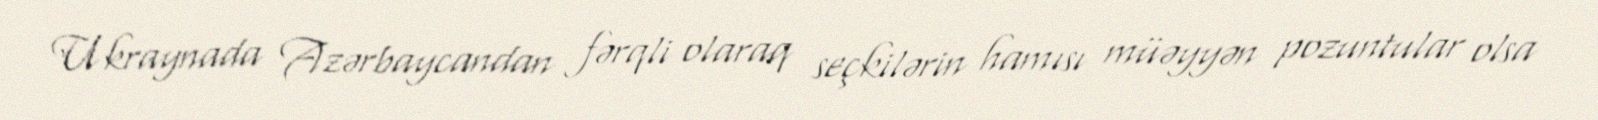
Ukraynada Azərbaycandan fərqli olaraq seçkilərin hamısı müəyyən pozuntular olsa